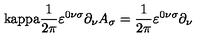
\mathrm { \ k a p p a } \frac { 1 } { 2 \pi } \varepsilon ^ { 0 \nu \sigma } \partial _ { \nu } A _ { \sigma } = \frac { 1 } { 2 \pi } \varepsilon ^ { 0 \nu \sigma } \partial _ { \nu }